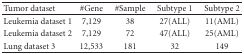
<table><thead><tr><td><b>Tumor dataset</b></td><td><b>#Gene</b></td><td><b>#Sample</b></td><td><b>Subtype 1</b></td><td><b>Subtype 2</b></td></tr></thead><tbody><tr><td>Leukemia dataset 1</td><td>7,129</td><td>38</td><td>27(ALL)</td><td>11(AML)</td></tr><tr><td>Leukemia dataset 2</td><td>7,129</td><td>72</td><td>47(ALL)</td><td>25(AML)</td></tr><tr><td>Lung dataset 3</td><td>12,533</td><td>181</td><td>32</td><td>149</td></tr></tbody></table>